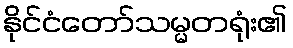
နိုင်ငံတော်သမ္မတရုံး၏